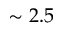
\sim 2 . 5